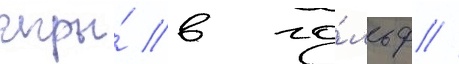
игры́ в го́льф //